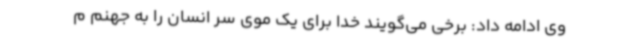
وی ادامه داد: برخی می‌گویند خدا برای یک موی سر انسان را به جهنم م